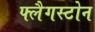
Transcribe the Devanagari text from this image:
फ्लैगस्टोन